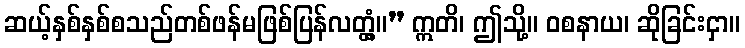
ဆယ့်နှစ်နှစ်စသည်တစ်ဖန်မဖြစ်ပြန်လတ္တံ့။” ဣတိ၊ ဤသို့။ ဝစနာယ၊ ဆိုခြင်းငှာ။